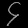
Digit: ၄